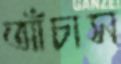
আঁচাস